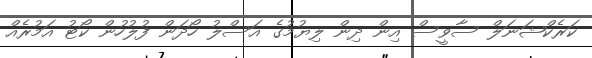
ކަރެކްޝަނަލް ސާވީސް އިން ދިން ލިޔުމުގެ އަސްލު ހޯދަން ފުލުހުން ކޯޓު އަމުރެއް